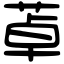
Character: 䓬